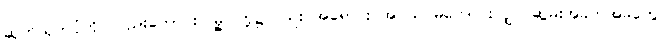
ဆုတ်ယုတ်ပုံကို လည်းကောင်း၊ မြို့ပြတို့၌လည်း အရောင်း အဝယ် မကောင်းလျှင် ဆွမ်းအခက်အခဲတွေ